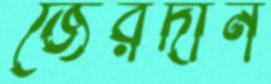
জেরদান